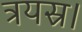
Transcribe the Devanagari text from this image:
त्रयस्र।